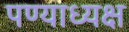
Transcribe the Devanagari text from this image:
पण्याध्यक्ष